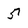
Character: 5